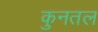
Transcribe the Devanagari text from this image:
कुनतल